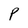
Character: P